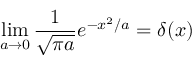
\operatorname * { l i m } _ { a \to 0 } \frac { 1 } { \sqrt { \pi a } } e ^ { - x ^ { 2 } / a } = \delta ( x )